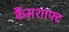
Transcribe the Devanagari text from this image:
कैंमशाफ्ट